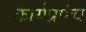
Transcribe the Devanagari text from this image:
कार्यप्रपंच